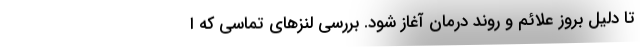
تا دلیل بروز علائم و روند درمان آغاز شود. بررسی لنزهای تماسی که ا